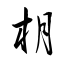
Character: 枂